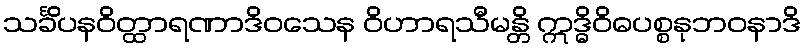
သင်္ခိပနဝိတ္ထာရဏာဒိဝသေန ဝိဟာရသီမန္တိ ဣဒ္ဓိဝိဓပစ္စနုဘဝနာဒိ